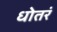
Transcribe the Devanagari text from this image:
धोतरं